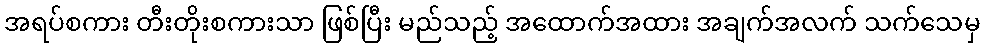
အရပ်စကား တီးတိုးစကားသာ ဖြစ်ပြီး မည်သည့် အထောက်အထား အချက်အလက် သက်သေမှ